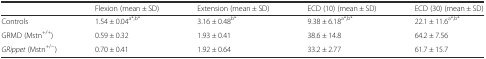
|  | Flexion (mean ± SD) | Extension (mean ± SD) | ECD (10) (mean ± SD) | ECD (30) (mean ± SD) |
 | --- | --- | --- | --- | --- |
 | Controls | 1.54 ± 0.04a*,b* | 3.16 ± 0.48b* | 9.38 ± 6.18a*,b* | 22.1 ± 11.6a*,b* |
 | GRMD (Mstn+/+) | 0.59 ± 0.32 | 1.93 ± 0.41 | 38.6 ± 14.8 | 64.2 ± 7.56 |
 | GRippet (Mstn+/−) | 0.70 ± 0.41 | 1.92 ± 0.64 | 33.2 ± 2.77 | 61.7 ± 15.7 |